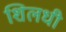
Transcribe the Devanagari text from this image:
शिलधी